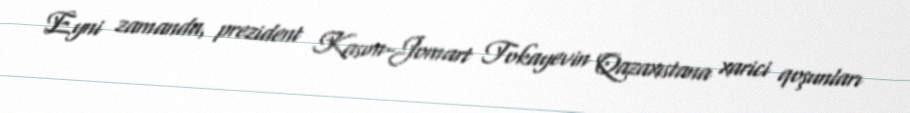
Eyni zamanda, prezident Kasım-Jomart Tokayevin Qazaxıstana xarici qoşunları